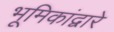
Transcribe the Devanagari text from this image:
भूमिकांद्वारे